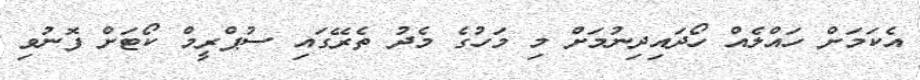
އެކަމަށް ހައްލެއް ހޯދައިދިނުމަށް މި މަހުގެ މެދު ތެރޭގައި ސުޕްރީމް ކޯޓަށް ފޮނުވި